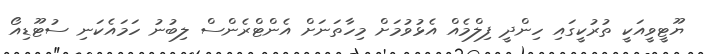
ޔޫޓީވީއަކީ ތުރުކީގައި ހިންދީ ފިލްމެއް އެޅުވުމަށް މިހާތަނަށް އެންޓްރެންސް ލިބުނު ހަމައެކަނި ސުޓޫޑިއޯ